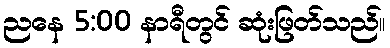
ညနေ 5:00 နာရီတွင် ဆုံးဖြတ်သည်။